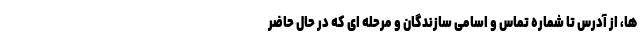
ها، از آدرس تا شماره تماس و اسامی سازندگان و مرحله ای که در حال حاضر